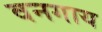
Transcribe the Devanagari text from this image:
वनगाय